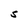
Character: S